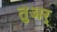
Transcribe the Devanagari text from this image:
तुअर्